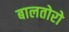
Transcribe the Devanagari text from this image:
बालतोरो